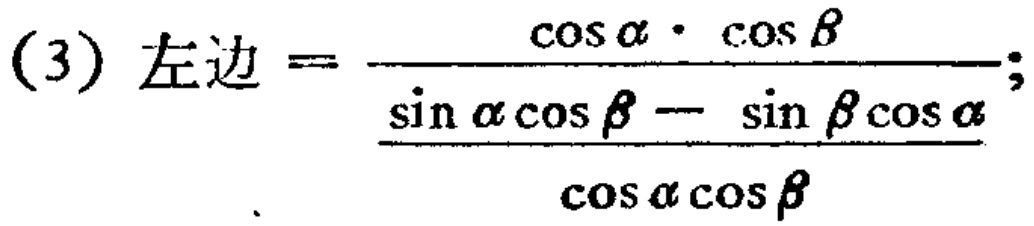
(3) 左边 \(=\frac{\cos\alpha\cdot\cos\beta}{\frac{\sin\alpha\cos\beta - \sin\beta\cos\alpha}{\cos\alpha\cos\beta}};\)